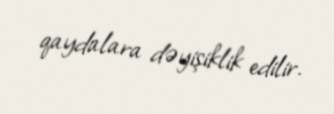
qaydalara dəyişiklik edilir.